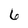
Character: 6